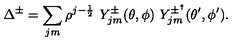
\Delta ^ { \pm } = \sum _ { j m } \rho ^ { j - \frac { 1 } { 2 } } \ Y _ { j m } ^ { \pm } ( \theta , \phi ) \ Y _ { j m } ^ { \pm ^ { \dagger } } ( \theta ^ { \prime } , \phi ^ { \prime } ) .